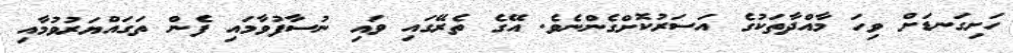
ހަށިގަނޑަށް ވިހަ މާއްދާތަކުގެ އަސަރުކޮށްގެންނެވެ. އޭގެ ތެރޭގައި ވައި ނުސާފުވާމައި ފެން ތަގައްޔަރުވުމާއި